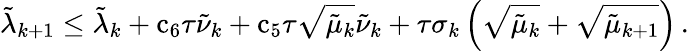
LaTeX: {\tilde{\lambda}}_{k+1}\leq{\tilde{\lambda}}_{k}+{\mathrm{c}}_{6}{\tau}{\tilde{\nu}}_{k}+{\mathrm{c}}_{5}{\tau}\sqrt{{\tilde{\mu}}_{k}}{\tilde{\nu}}_{k}+{\tau}{\sigma}_{k}\left(\sqrt{{\tilde{\mu}}_{k}}+\sqrt{{\tilde{\mu}}_{k+1}}\right)\, .